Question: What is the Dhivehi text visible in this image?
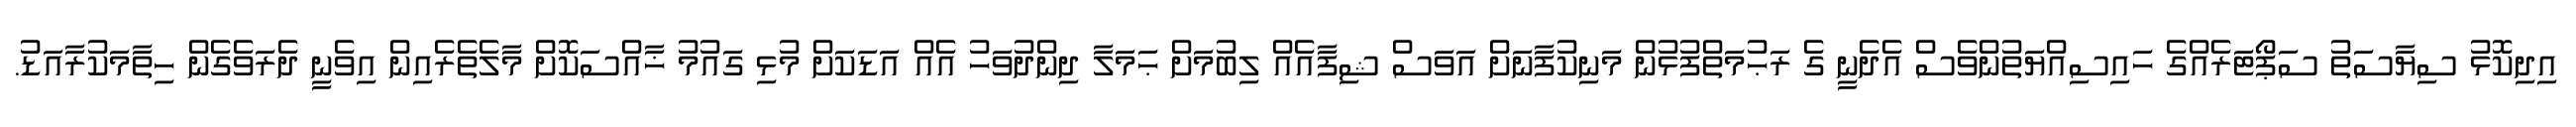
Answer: އިދިކޮޅު ސިޔާސަތު ސަޕޯޓަރެއްގެ ހައިސިއްޔަތުންވެސް އެދެނީ ގެ ރަޙުމަތްފުޅުން މަނިކުފާނަށް އަވަސް ޝިފާއެއް ލިބުމަށް ޙަމަލާ ދިންދުވަހު އެއް އަޑަކަށް މުޅި ގައުމު ޚާއްސަކޮށް މާލެތެރެއިން އިވެނީ ދެރަވެގެން ހިތާމަކުރާއަޑު.